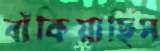
বাঁকিয়াছিস